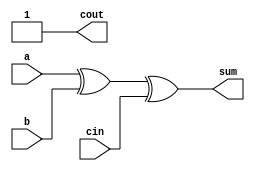
module full_adder4(a,b,cin,sum,cout);
input a,b,cin;
output sum,cout;
assign sum = a^b^cin;
assign cout = 1'b1|cin&(a|b); 
// initial begin
//     $display("The incorrect adder with and0 and or2 having out/1 and in1/1");
// end   
endmodule